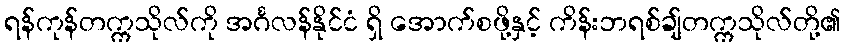
ရန်ကုန်တက္ကသိုလ်ကို အင်္ဂလန်နိုင်ငံ ရှိ အောက်စဖို့နှင့် ကိန်းဘရစ်ချ်တက္ကသိုလ်တို့၏